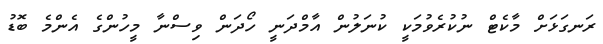
ރަނގަޅަށް މާކެޓް ނުކުރެވުމަކީ ކުނަލުން އާމްދަނީ ހޯދަން ވިސްނާ މީހުންގެ އެންމެ ބޮޑު